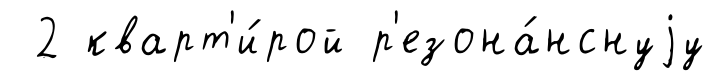
2 кварт'и́рой р'езона́нснуjу